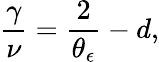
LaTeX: \frac{\gamma}{\nu}=\frac{2}{\theta_{\epsilon}}-d,